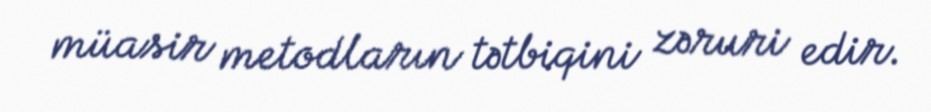
müasir metodların tətbiqini zəruri edir.